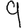
Digit: 9